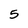
Character: 5